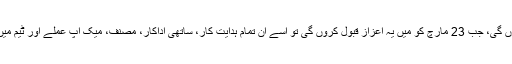
مہوش حیات کا کہنا تھا کہ ’لیکن میں اس کا پورا کریڈٹ خود نہیں لوں گی، جب 23 مارچ کو میں یہ اعزاز قبول کروں گی تو اسے ان تمام ہدایت کار، ساتھی اداکار، مصنف، میک اپ عملے اور ٹیم میں موجود ہر فرد سے شیئر کروں گی، جو میری کامیابی کا حصہ بنا‘۔